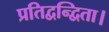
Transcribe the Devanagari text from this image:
प्रतिद्वन्द्विता।